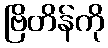
ဗြိတိန်ကို